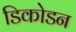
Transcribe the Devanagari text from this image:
डिकोडन